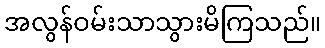
အလွန်ဝမ်းသာသွားမိကြသည်။